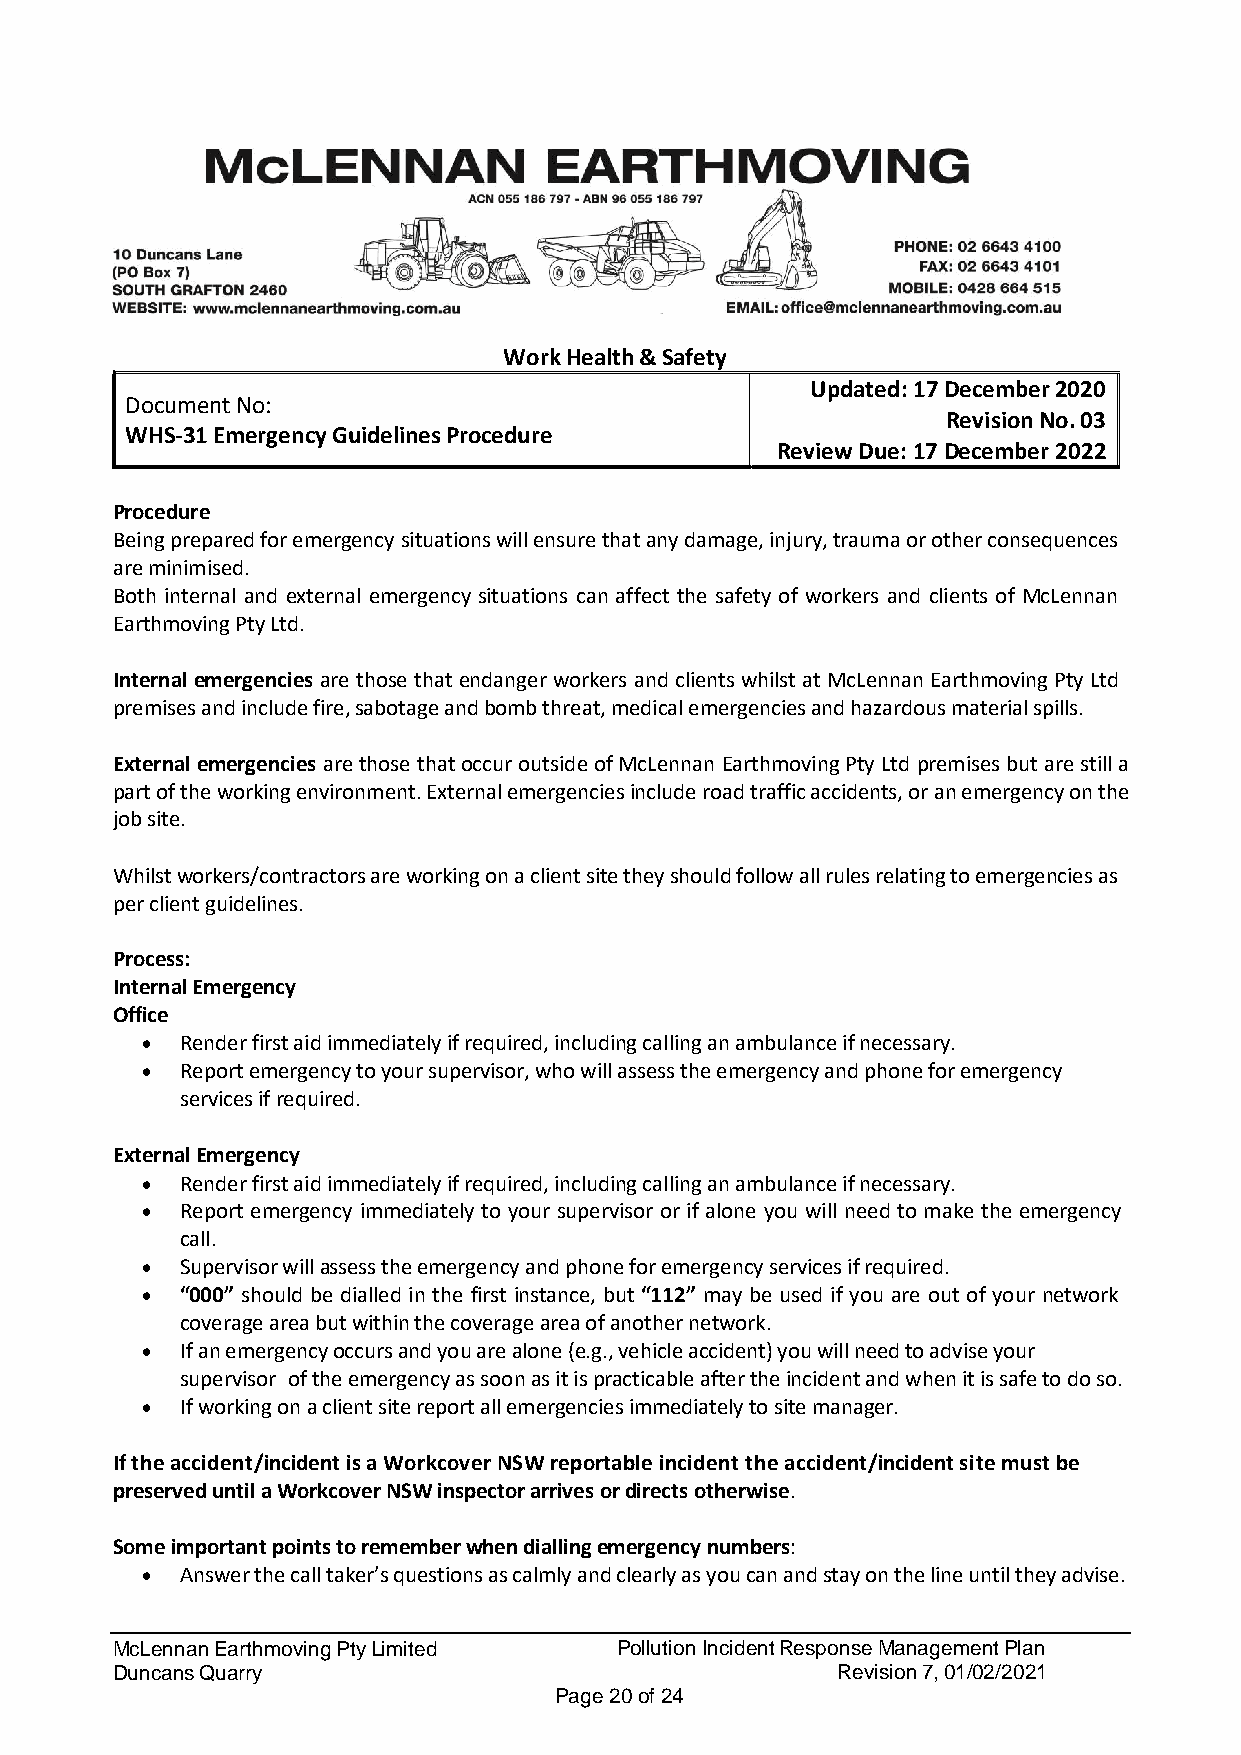
Work Health & Safety
 Updated: 17 December 2020
 Document No:
 Revision No. 03
 WHS-31 Emergency Guidelines Procedure
 Review Due: 17 December 2022
 Procedure
 Being prepared for emergency situations will ensure that any damage, injury, trauma or other consequences
 are minimised.
 Both internal and external emergency situations can affect the safety of workers and clients of McLennan
 Earthmoving Pty Ltd.
 Internal emergencies are those that endanger workers and clients whilst at McLennan Earthmoving Pty Ltd
 premises and include fire, sabotage and bomb threat, medical emergencies and hazardous material spills.
 External emergencies are those that occur outside of McLennan Earthmoving Pty Ltd premises but are still a
 part of the working environment. External emergencies include road traffic accidents, or an emergency on the
 job site.
 Whilst workers/contractors are working on a client site they should follow all rules relating to emergencies as
 per client guidelines.
 Process:
 Internal Emergency
 Office
 •  Render first aid immediately if required, including calling an ambulance if necessary.
 •  Report emergency to your supervisor, who will assess the emergency and phone for emergency
 services if required.
 External Emergency
 •  Render first aid immediately if required, including calling an ambulance if necessary.
 •  Report emergency immediately to your supervisor or if alone you will need to make the emergency
 call.
 •  Supervisor will assess the emergency and phone for emergency services if required.
 •  “000” should be dialled in the first instance, but “112” may be used if you are out of your network
 coverage area but within the coverage area of another network.
 •  If an emergency occurs and you are alone (e.g., vehicle accident) you will need to advise your
 supervisor of the emergency as soon as it is practicable after the incident and when it is safe to do so.
 •  If working on a client site report all emergencies immediately to site manager.
 If the accident/incident is a Workcover NSW reportable incident the accident/incident site must be
 preserved until a Workcover NSW inspector arrives or directs otherwise.
 Some important points to remember when dialling emergency numbers:
 •  Answer the call taker’s questions as calmly and clearly as you can and stay on the line until they advise.
 McLennan Earthmoving Pty Limited  Pollution Incident Response Management Plan
 Duncans Quarry                                  Revision 7, 01/02/2021
 Page 20 of 24